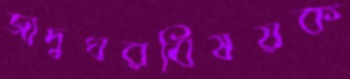
জাদুঘরবিষয়ক